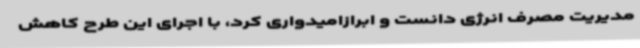
مدیریت مصرف انرژی دانست و ابرازامیدواری کرد، با اجرای این طرح کاهش